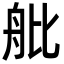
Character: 舭